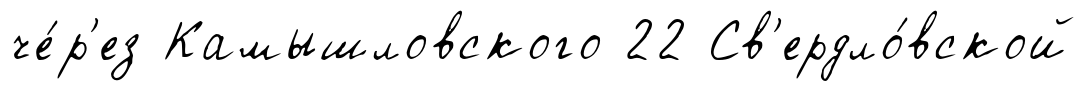
че́р'ез Камышловского 22 Св'ердло́вской